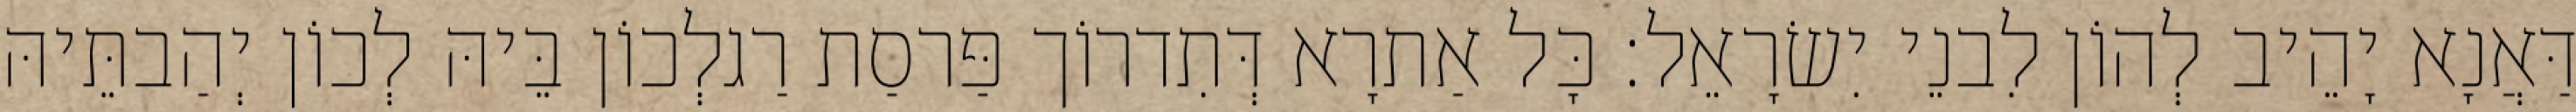
דַּאֲנָא יָהֵיב לְהוֹן לִבנֵי יִשׂרָאֵל׃ כָּל אַתרָא דְּתִדרוֹך פַּרסַת רַגלְכוֹן בֵּיהּ לְכוֹן יְהַבתֵּיהּ